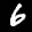
Label: 6